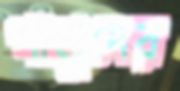
পাণ্ডুদের